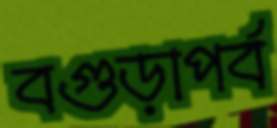
বগুড়াপর্ব